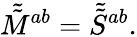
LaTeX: \tilde{\tilde{M}}{}^{ab}=\tilde{\tilde{S}}{}^{ab}.